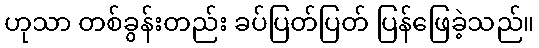
ဟုသာ တစ်ခွန်းတည်း ခပ်ပြတ်ပြတ် ပြန်ဖြေခဲ့သည်။